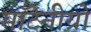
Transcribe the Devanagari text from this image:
माँटेनीग्रो